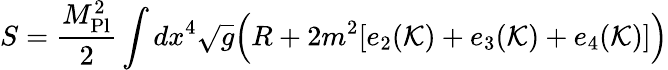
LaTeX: S={\frac{M_{\mathrm{Pl}}^{2}}{2}}\int dx^{4}{\sqrt{g}}{\Big(}R+2m^{2}[e_{2}({\mathcal{K}})+e_{3}({\mathcal{K}})+e_{4}({\mathcal{K}})]{\Big)}